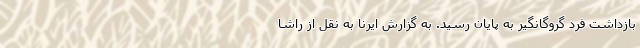
بازداشت فرد گروگانگیر به پایان رسید. به گزارش ایرنا به نقل از راشا